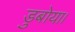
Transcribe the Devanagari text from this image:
डुबोया।